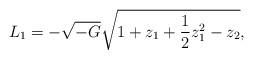
LaTeX: \begin{align*}L_1 = - \sqrt{-G} \sqrt{1 + z_1 + {1\over 2} z_1^2 - z_2},\end{align*}